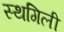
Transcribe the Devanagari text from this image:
स्थगिली